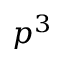
p ^ { 3 }